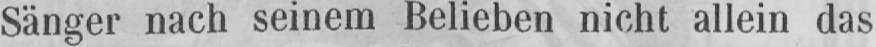
Sänger nach seinem Belieben nicht allein das